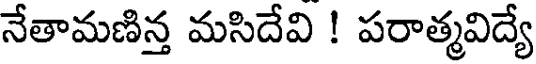
నేతామణిన్త మసిదేవి ! పరాత్మవిద్యే